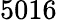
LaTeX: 5016